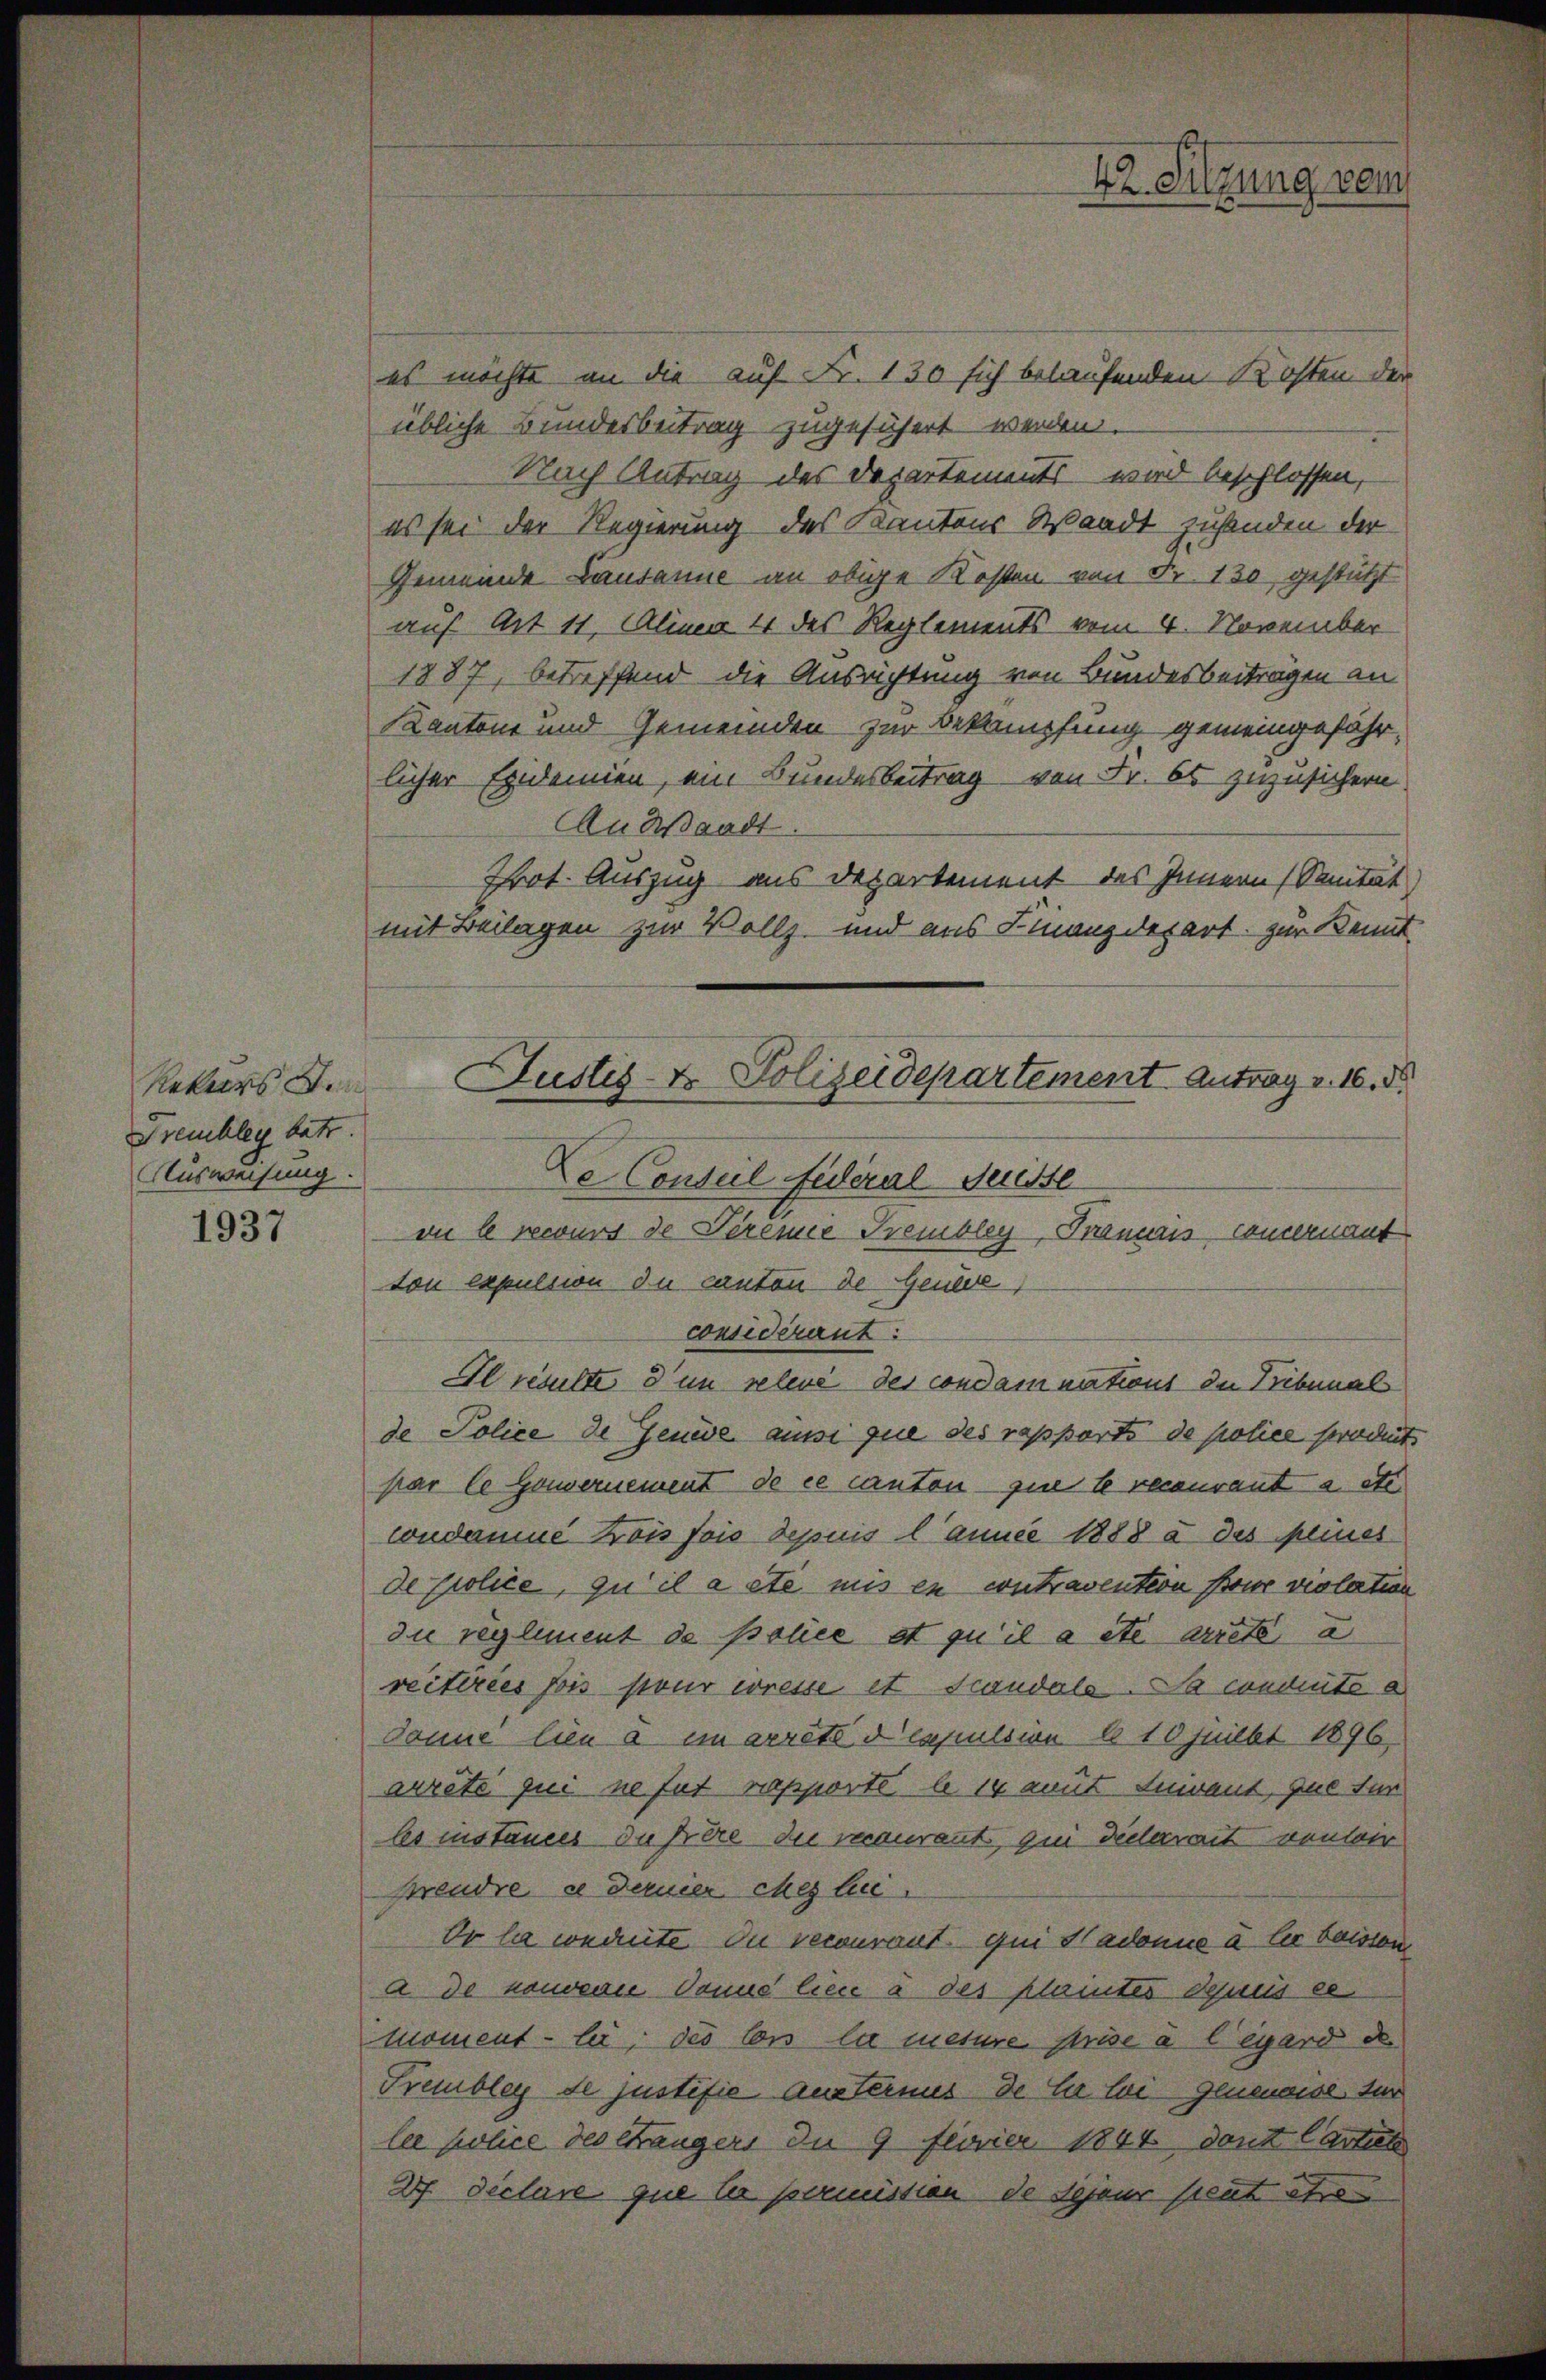
Rekurs den
Freuchleg betr.
Ausweisung.

1937

es möchte an die auf Fr. 130 sich belaufenden Kosten der
übliche Bundesbeitrag zugeführt werden.
Nach Antrag des Departements wird beschlossen,
es sei der Regierung des Kantons Waadt zusenden der
Gemeinde Lausanne an obige Kosten von Fr. 130 gestützt
auf Art 11, Alinea 4 des Reglements vom 4. November
1887, betreffend die Ausrichtung von Bundesbeiträgen an
Kantone und Gemeinden zur Bekämpfung gemeingefährlicher Epidemien, ein Bundesbeitrag von Fr. es zuzusichern.
An Waadt.
Prot. Auszug aus Departement des Innern (Sanität
mit Beilagen zur Vollz- und aus Finanzdepart zur Kennt
vu le recurs de Vereine Trembley, Pirmais concernant
tou expulsion du canton de Gene
considérant:
Il resulte d’un relevé des condamnations der Bibunal
de Police de Jenese aussi que des rapports de police fordet
par le Gouvernement de ce canton - zue le recurant a etc.
condamne Kois fois depuis l’année 1888 à des peines
de police, qu’il a ste mis en contravention pour relation
du reglement de police et qu’il a etc arrete a
reiteries fois pour erresse et Standale. Da conduite a
Sonne lien a im arrêts capulsion b 10 heilbt 1896,
arreté qui ne fut rapporte a 14 amit Inivant, que für
les instances du père die aurant, qui dieerrait ventir
prendre es derner Meile
Or la conduite du recourant qui Stadonne à le baissen.
a de nouverne Donne lieu à des plantes depuis es
Moment - bei, des lon la mesure prise a legard der
Prembley de justifie austernus de le loi genemoise dur
lee police des Sängers in 9 Florier 1844 den Cartet
27 Declare que le permission de sehene peut etw

Justiz- & Polizeidepartement Antrag v. 16. d.
De Conseil Federal Geiste

42. Sitzung vom